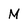
Character: M